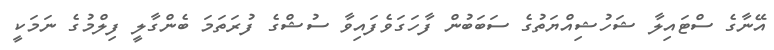
އޭނާގެ ސްޓައިލާ ޝަހުޝިއްޔަތުގެ ސަބަބުން ފާހަގަވެފައިވާ ސުޝްގެ ފުރަތަމަ ބެންގާލީ ފިލްމުގެ ނަމަކީ